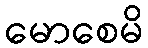
မောစေမိ